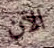
الآن